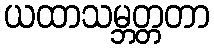
ယထာသမ္ဘတ္တတာ